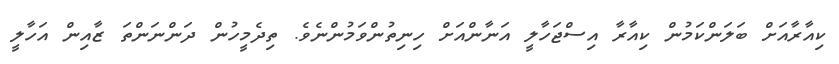
ކިއާރާއަށް ބަލަންކަމުން ކިއާރާ އިސްޖަހާލީ އަނާންއަށް ހިނިތުންވަމުންނެވެ. ތިދެމީހުން ދަންނަންތަ ޒާއިން އަހާލީ